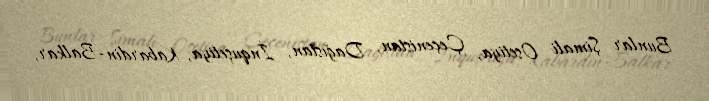
Bunlar Şimali Osetiya, Çeçenistan, Dağıstan, İnquşetiya, Kabardin-Balkar,